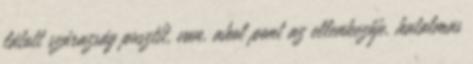
látott szárazság pusztít, van, ahol pont az ellenkezője, hatalmas